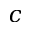
c